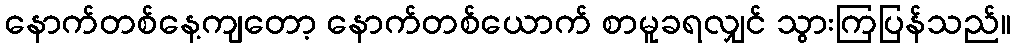
နောက်တစ်နေ့ကျတော့ နောက်တစ်ယောက် စာမူခရလျှင် သွားကြပြန်သည်။